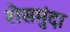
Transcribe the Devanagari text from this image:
रोसमुंदा